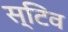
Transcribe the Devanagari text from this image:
स्टिव